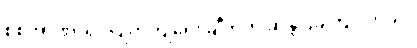
စစ်အာဏာရှင်ပြုတ်ကျရေး ချီတက် ဆန္ဒပြခဲ့ကြပါတယ်။